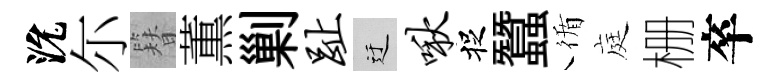
沇尓簪薫剿趾迂啾捉蠶循庭栅卒